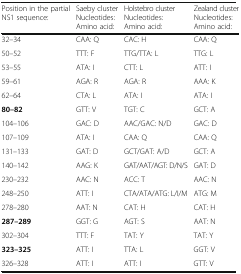
<table><thead><tr><td><b>Position in the partial NS1 sequence:</b></td><td><b>Saeby clusterNucleotides: Amino acid:</b></td><td><b>Holstebro clusterNucleotides: Amino acid:</b></td><td><b>Zealand clusterNucleotides: Amino acid:</b></td></tr></thead><tbody><tr><td>32–34</td><td>CAA: Q</td><td>CAC: H</td><td>CAA: Q</td></tr><tr><td>50–52</td><td>TTT: F</td><td>TTG/TTA: L</td><td>TTG: L</td></tr><tr><td>53–55</td><td>ATA: I</td><td>CTT: L</td><td>ATT: I</td></tr><tr><td>59–61</td><td>AGA: R</td><td>AGA: R</td><td>AAA: K</td></tr><tr><td>62–64</td><td>CTA: L</td><td>ATA: I</td><td>ATA: I</td></tr><tr><td><b>80–82</b></td><td>GTT: V</td><td>TGT: C</td><td>GCT: A</td></tr><tr><td>104–106</td><td>GAC: D</td><td>AAC/GAC: N/D</td><td>GAC: D</td></tr><tr><td>107–109</td><td>ATA: I</td><td>CAA: Q</td><td>CAA: Q</td></tr><tr><td>131–133</td><td>GAT: D</td><td>GCT/GAT: A/D</td><td>GCT: A</td></tr><tr><td>140–142</td><td>AAG: K</td><td>GAT/AAT/AGT: D/N/S</td><td>GAT: D</td></tr><tr><td>230–232</td><td>AAC: N</td><td>ACC: T</td><td>AAC: N</td></tr><tr><td>248–250</td><td>ATT: I</td><td>CTA/ATA/ATG: L/I/M</td><td>ATG: M</td></tr><tr><td>278–280</td><td>AAT: N</td><td>CAT: H</td><td>CAT: H</td></tr><tr><td><b>287–289</b></td><td>GGT: G</td><td>AGT: S</td><td>AAT: N</td></tr><tr><td>302–304</td><td>TTT: F</td><td>TAT: Y</td><td>TAT: Y</td></tr><tr><td><b>323–325</b></td><td>ATT: I</td><td>TTA: L</td><td>GGT: V</td></tr><tr><td>326–328</td><td>ATT: I</td><td>ATT: I</td><td>GTT: V</td></tr></tbody></table>